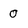
Character: 0